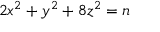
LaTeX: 2 x ^ { 2 } + y ^ { 2 } + 8 z ^ { 2 } = n